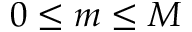
0 \leq m \leq M